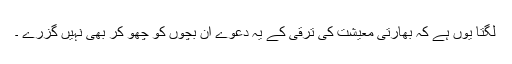
لگتا یوں ہے کہ بھارتی معیشت کی ترقی کے یہ دعوے ان بچوں کو چھو کر بھی نہیں گزرے ۔